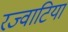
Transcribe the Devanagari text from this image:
रज्वाटिया